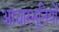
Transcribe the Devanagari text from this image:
आधारभूतियों